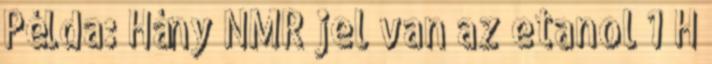
Példa: Hány NMR jel van az etanol 1 H